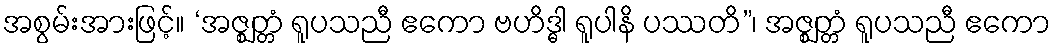
အစွမ်းအားဖြင့်။ ‘အဇ္ဈတ္တံ ရူပသညီ ဧကော ဗဟိဒ္ဓါ ရူပါနိ ပဿတိ”၊ အဇ္ဈတ္တံ ရူပသညီ ဧကော